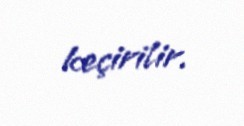
keçirilir.